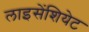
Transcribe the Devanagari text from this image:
लाइसेंशियेट